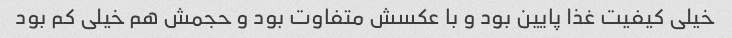
خیلی کیفیت غذا پایین بود و با عکسش متفاوت بود و حجمش هم خیلی کم بود